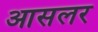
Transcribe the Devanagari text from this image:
आसलर